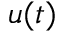
u ( t )